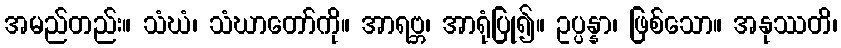
အမည်တည်း။ သံဃံ၊ သံဃာတော်ကို။ အာရဗ္ဘ၊ အာရုံပြု၍။ ဥပ္ပန္နာ၊ ဖြစ်သော။ အနုဿတိ၊